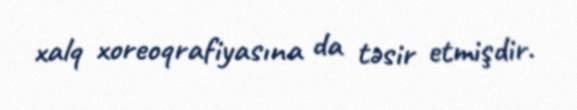
xalq xoreoqrafiyasına da təsir etmişdir.